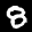
Label: 8